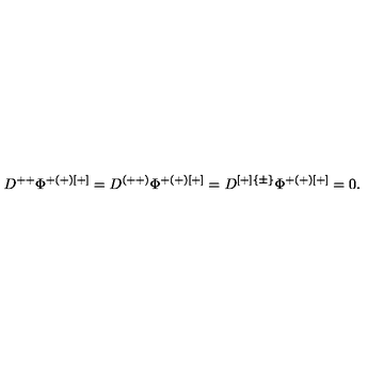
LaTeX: D ^ { + + } \Phi ^ { + ( + ) [ + ] } = D ^ { ( + + ) } \Phi ^ { + ( + ) [ + ] } = D ^ { [ + ] \{ \pm \} } \Phi ^ { + ( + ) [ + ] } = 0 .